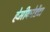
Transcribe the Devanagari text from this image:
हेमीकोर्डेटा